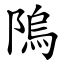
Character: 隖